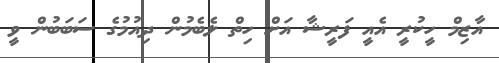
އާޒިމް ހީކުރީ އެއީ ފަރީޝާ އަށް ހިތް ލެބެމުން ދިއުމުގެ ސަބަބުން ވީ